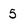
Character: 5